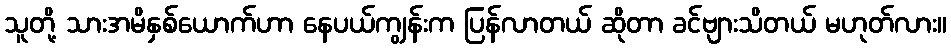
သူတို့ သားအမိနှစ်ယောက်ဟာ နေပယ်ကျွန်းက ပြန်လာတယ် ဆိုတာ ခင်ဗျားသိတယ် မဟုတ်လား။